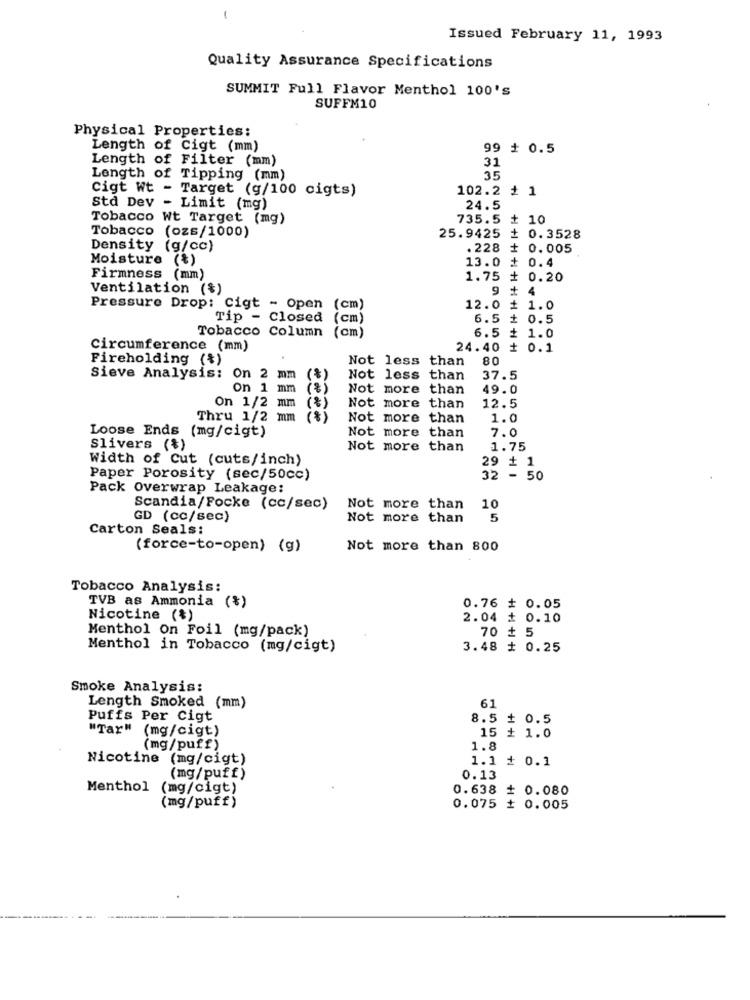
-
Issued February 11, 1993
Quality Assurance Specifications
SUMMIT Full Flavor Menthol 100's
SUFFM10
Physical Properties:
Length of Cigt (mm)
99 + 0.5
Length of Filter (mm)
31
Length of Tipping (mm)
35
Cigt Wt - Target (g/100 cigts)
102.2 # 1
Std Dev - Limit (mg)
24.5
Tobacco Wt Target (mg)
735.5 + 10
Tobacco (ozs/1000)
25.9425 1
0.3528
Density (g/cc)
. 228
+ 0.005
Moisture (*)
13.0 # 0.4
Firmness (mm)
1.75 =
0.20
Ventilation ($)
9
₾ 4
Pressure Drop: Cigt - Open (cm)
12.0
= 1.0
Tip - Closed (cm)
6.5 1 0.5
Tobacco Column
(cm)
6.5 + 1.0
Circumference (mm)
24.40 # 0.1
Fireholding (%)
Not less than
80
Sieve Analysis: On 2 mm
(*)
Not less than
37.5
on 1 mm
Not more than
49.0
On 1/2 mm (%)
Not more than
12.5
Thru 1/2 mm
Not more than
1.0
Not more than
7.0
Loose Ends (mg/cigt)
Slivers (%)
Not more than
1.75
Width of Cut (cuts/inch)
29 + 1
Paper Porosity (sec/50cc)
32 - 50
Pack Overwrap Leakage:
Scandia/Focke (cc/sec)
Not more than
10
GD (cc/sec)
Not more than
5
Carton Seals:
(force-to-open) (g)
Not more than 800
Tobacco Analysis:
TVB as Ammonia (%)
0.76 # 0.05
Nicotine (%)
2.04 # 0.10
Menthol On Foil (mg/pack)
70 + 5
Menthol in Tobacco (mg/cigt)
3.48 # 0.25
Smoke Analysis:
61
Length Smoked (mm)
Puffs Per Cigt
8.5 + 0.5
"Tar" (mg/cigt)
15 + 1.0
(mg/puff)
1.8
Nicotine (mg/cigt)
1.1 ₫ 0.1
(mg/puff)
0.13
Menthol (mg/cigt)
0.638 # 0.080
(mg/puff)
0.075 # 0.005